Vaccination North-Western Provinces and Oudh 1878-1895 - 1878-1895
Year: 1878
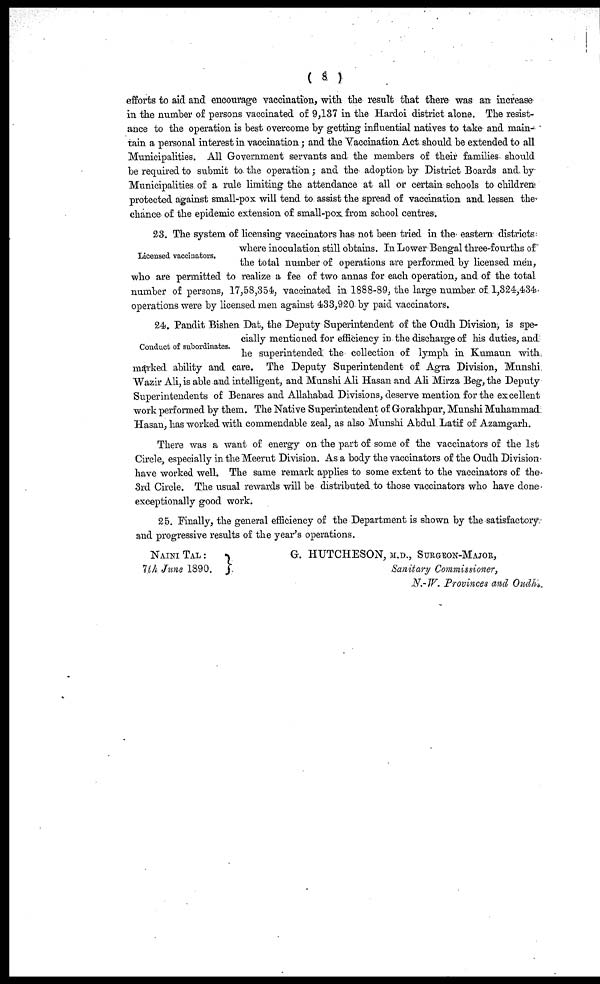
( 8 )
efforts to aid and encourage vaccination, with the result that there was an increase
in the number of persons vaccinated of 9,137 in the Hardoi district alone. The resist-
ance to the operation is best overcome by getting influential natives to take and main-
tain a personal interest in vaccination; and the Vaccination Act should be extended to all
Municipalities. All Government servants and the members of their families should
be required to submit to the operation; and the adoption by District Boards and by
Municipalities of a rule limiting the attendance at all or certain schools to children
protected against small-pox will tend to assist the spread of vaccination and lessen the
chance of the epidemic extension of small-pox from school centres.
Licensed vaccinators.
23. The system of licensing vaccinators has not been tried in the eastern districts
where inoculation still obtains. In Lower Bengal three-fourths of
the total number of operations are performed by licensed men,
who are permitted to realize a fee of two annas for each operation, and of the total
number of persons, 17,58,354, vaccinated in 1888-89, the large number of 1,324,434
operations were by licensed men against 433,920 by paid vaccinators.
Conduct of subordinates.
24. Pandit Bishen Dat, the Deputy Superintendent of the Oudh Division, is spe-
cially mentioned for efficiency in the discharge of his duties, and
he superintended the collection of lymph in Kumaun with
marked ability and care. The Deputy Superintendent of Agra Division, Munshi.
Wazir Ali, is able and intelligent, and Munshi Ali Hasan and Ali Mirza Beg, the Deputy
Superintendents of Benares and Allahabad Divisions, deserve mention for the excellent
work performed by them. The Native Superintendent of Gorakhpur, Munshi Muhammad
Hasan, has worked with commendable zeal, as also Munshi Abdul Latif of Azamgarh.
There was a want of energy on the part of some of the vaccinators of the 1st
Circle, especially in the Meerut Division. As a body the vaccinators of the Oudh Division
have worked well. The same remark applies to some extent to the vaccinators of the
3rd Circle. The usual rewards will be distributed to those vaccinators who have done
exceptionally good work.
25. Finally, the general efficiency of the Department is shown by the satisfactory
and progressive results of the year's operations.
NAINI TAL :
7th June 1890.
G. HUTCHESON, M.D., SURGEON-MAJOR,
Sanitary Commissioner,
N.-W. Provinces and Oudh.